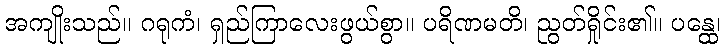
အကျိုးသည်။ ဂရုကံ၊ ရှည်ကြာလေးဖွယ်စွာ။ ပရိဏမတိ၊ ညွတ်ရှိုင်း၏။ ပန္ထေ၊